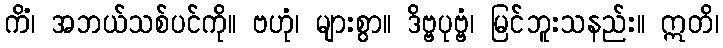
ကိံ၊ အဘယ်သစ်ပင်ကို။ ဗဟုံ၊ များစွာ။ ဒိဗ္ဗပုဗ္ဗံ၊ မြင်ဘူးသနည်း။ ဣတိ၊